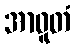
အာဓူတံ